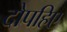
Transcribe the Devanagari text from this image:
दोपहिए